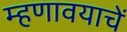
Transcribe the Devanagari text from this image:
म्हणावयाचें